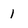
Character: I